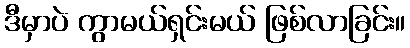
ဒီမှာပဲ ကွာမယ်ရှင်းမယ် ဖြစ်လာခြင်း။